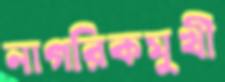
নাগরিকমুখী